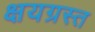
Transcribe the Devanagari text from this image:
क्षयग्रस्त